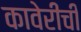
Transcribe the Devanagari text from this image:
कावेरीची